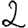
Digit: 2